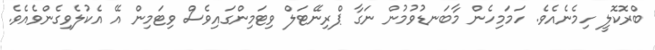
ބްރޮކޮލީ ހިމެނެއެވެ. ހަމަމިހެން މާބަނޑުވުމުން ނަގާ ޕްރިނޭޓަލް ވިޓަމިންގައިވެސް ވިޓަމިން އޭ އެކުލެވިގެންވެއެވެ.